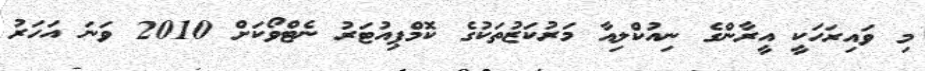
މި ވަައިރަހަކީ އީރާންގެ ނިއުކްލިއާ މަރުކަޒުތަކުގެ ކޮމްޕިއުޓަރު ނެޓްވޯކަށް 2010 ވަނަ އަހަރު